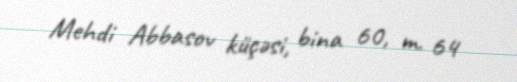
Mehdi Abbasov küçəsi, bina 60, m. 64